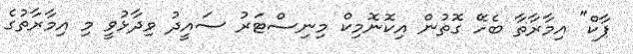
ޕާކް" އިމާރާތާ ބެހޭ ގޮތުން އިކޮނޮމިކް މިނިސްޓަރު ސައީދު ވިދާޅުވީ މި އިމާރާތުގެ